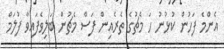
އެންމެ ފަހުން ކުޅުނު ހަ މެޗުގެ ތެރެއިން ފަސް މެޗުން ބަލިވެފައިވާ ފުލަމް